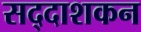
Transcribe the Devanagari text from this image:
सद्दाशकन